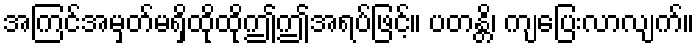
အကြင်အမှတ်မရှိထိုထိုဤဤအရပ်ဖြင့်။ ပတန္တိ၊ ကျပြေးလာလျက်။